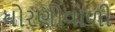
ધોરણોવાળી